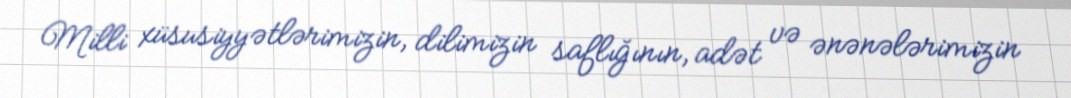
Milli xüsusiyyətlərimizin, dilimizin saflığının, adət və ənənələrimizin